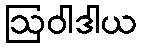
ဩဝါဒါယ